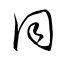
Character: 同